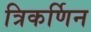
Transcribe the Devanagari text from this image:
त्रिकर्णिन